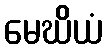
မေဃိယံ